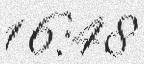
16:48